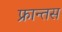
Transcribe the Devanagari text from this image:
फ्रान्तस